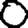
Digit: 0